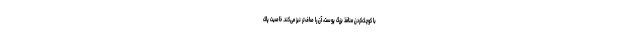
با کوچک‌کردن منافذ بزرگ پوست، آن را صاف‌تر نیز می‌کند. خاصیت پاک‌